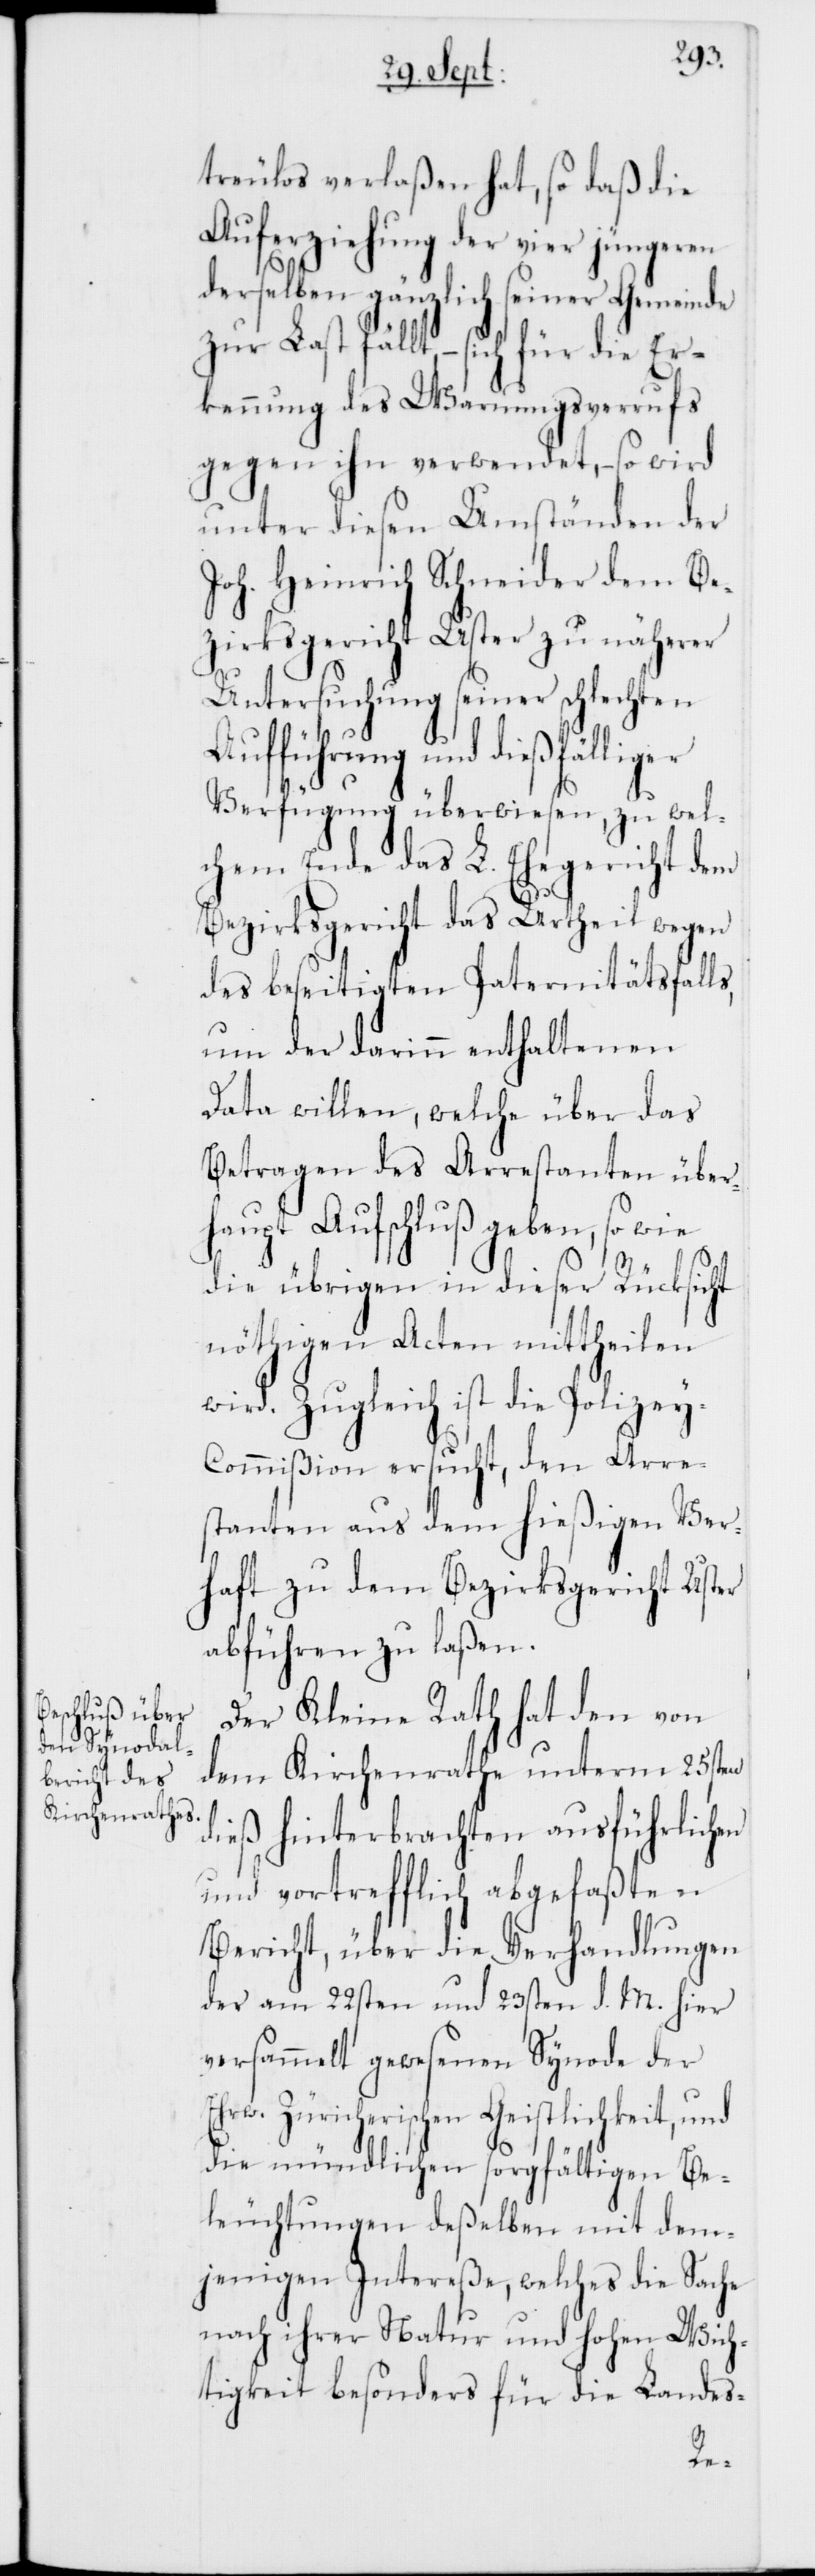
treulos verlaßen hat, so daß die
Auferziehung der vier jüngeren
derselben gänzlich seiner Gemeinde
zur Last fällt, – sich für die Er¬
kennung des Warnungsverrufs
gegen ihn verwendet, – so wird
unter diesen Umständen der
Joh. Heinrich Schneider dem Be¬
zirksgericht Uster zu näherer
Untersuchung seiner schlechten
Aufführung und dießfällig¬
Verfügung überwiesen, zu wel¬
chem Ende das L. Ehegericht dem
Bezirksgericht das Urtheil wegen
des beseitigten Paternitätsfalls,
um den darinn enthaltenen
Data willen, welche über das
Betragen des Arrestanten über¬
haupt Aufschluß geben, so wie
die übrigen in dieser Rücksicht
nöthigen Acten mittheilen
wird. Zugleich ist die Polize¬
y-Commißion ersucht, den Arre¬
stanten aus dem hießigen Ver¬
haft zu dem Bezirksgericht Uster
abführen zu laßen.
Der Kleine Rath hat den von
dem Kirchenrathe unterm 25sten
dieß hinterbrachten ausführlichen
und vortrefflich abgefaßten
Bericht, über die Verhandlungen
der am 22sten und 23sten d. M. hier
versammelt gewesenen Synode der
Ehrw. Zürcherischen Geistlichkeit, und
die mündlichen sorgfältigen Be¬
leuchtungen deßelben mit dem¬
jenigen Intereße, welches die Sache
nach ihrer Natur und Hohen Wich¬
tigkeit besonders für die Landes-
er